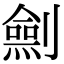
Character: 𠠆